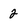
Character: 2